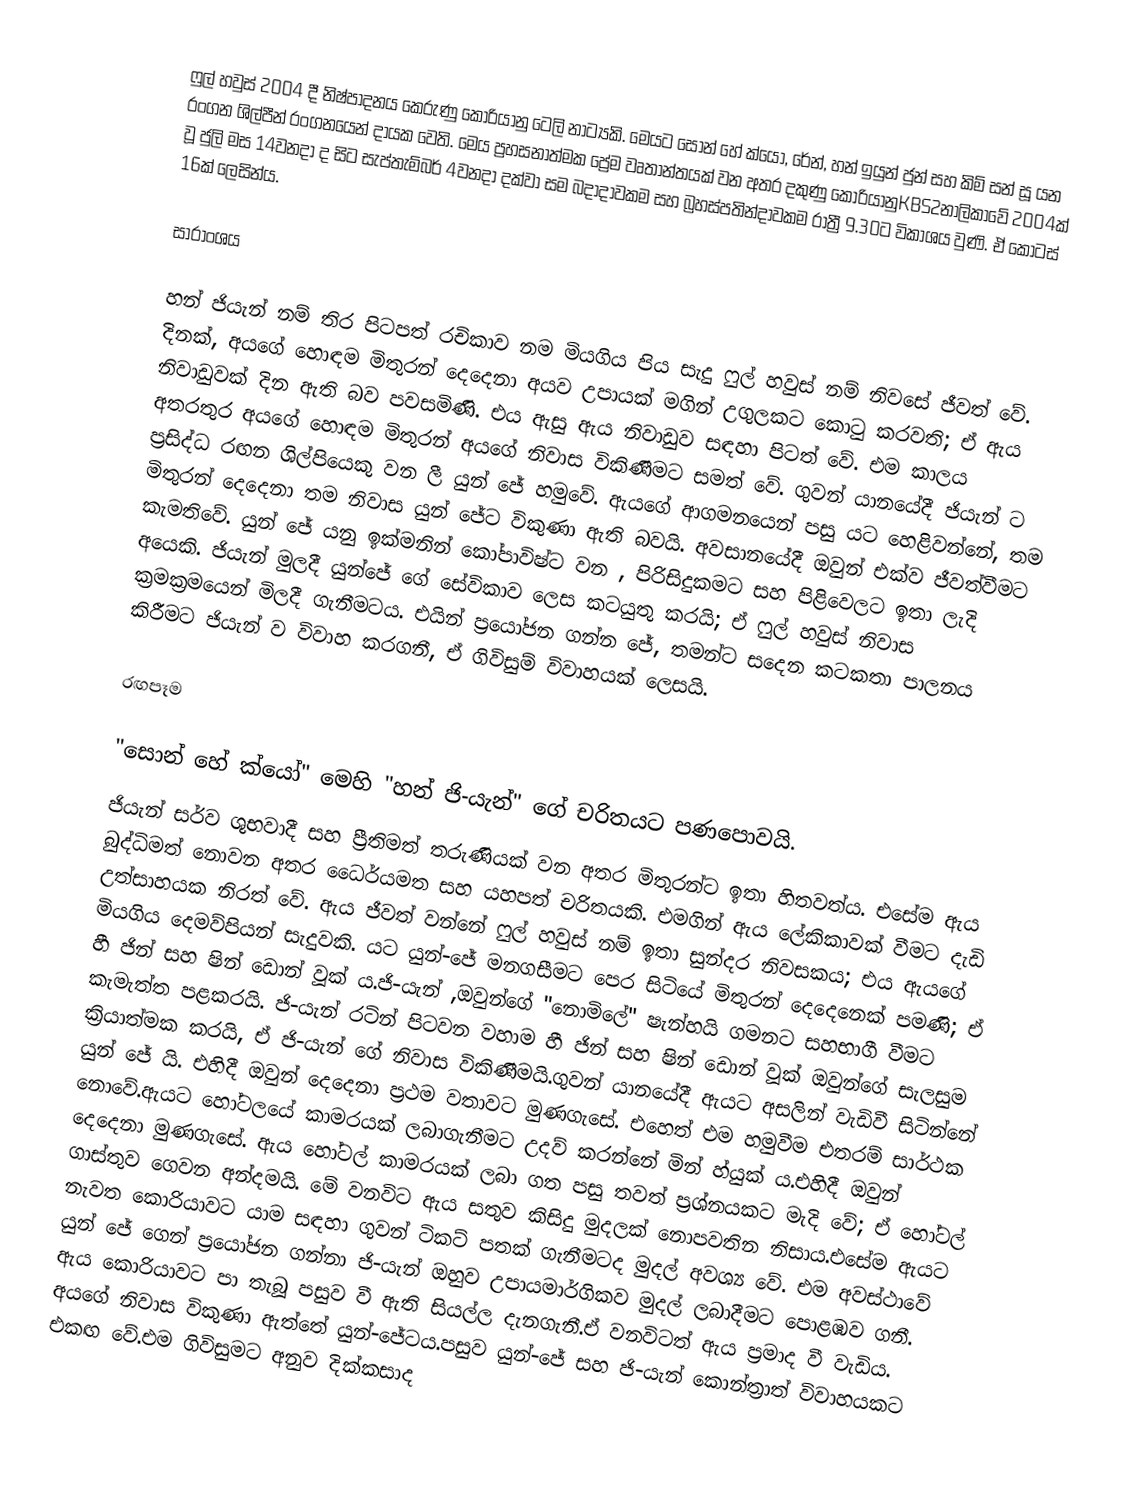
ෆුල් හවුස් 2004 දී නිෂ්පාදනය කෙරුණු කොරියානු ටෙලි නාට්‍යකි. මෙයට සොන් හේ ක්යෝ, රේන්, හන් ඉයුන් ජුන් සහ කිම් සන් සූ යන රංගන  ශිල්පීන් රංගනයෙන් දායක වෙති. මෙය ප්‍රහසනාත්මක ප්‍රේම වෘතාන්තයක් වන අතර දකුණු කොරියානුKBS2නාලිකාවේ 2004ක් වූ ජුලි මස 14වනදා  ද සිට සැප්තැම්බර් 4වනදා දක්වා සම බදාදාවකම සහ බ්‍රහස්පතින්දාවකම රාත්‍රී 9.30ට විකාශය වුණි. ඒ කොටස් 16ක් ලෙසින්ය.

සාරාංශය

හන් ජියැන් නම් තිර පිටපත් රචිකාව නම මියගිය පිය සැදු ෆුල් හවුස් නම් නිවසේ ජීවත් වේ. දිනක්, අයගේ හොඳම මිතුරන් දෙදෙනා අයව උපායක් මගින් උගුලකට කොටු කරවති; ඒ ඇය නිවාඩුවක් දින ඇති බව පවසමිණි. එය ඇසු ඇය නිවාඩුව සඳහා පිටත් වේ. එම කාලය අතරතුර අයගේ හොඳම මිතුරන් අයගේ නිවාස විකිණීමට සමත් වේ. ගුවන් යානයේදී ජියැන් ට ප්‍රසිද්ධ රඟන ශිල්පියෙකු වන ලී යුන් ජේ හමුවේ. ඇයගේ ආගමනයෙන් පසු යට හෙළිවන්නේ, තම මිතුරන් දෙදෙනා තම නිවාස යුන් ජේට විකුණා ඇති බවයි. අවසානයේදී ඔවුන් එක්ව ජීවත්වීමට කැමතිවේ. යුන් ජේ යනු ඉක්මනින් කෝපාවිෂ්ට වන , පිරිසිදුකමට සහ පිළිවෙලට ඉතා ලැදි අයෙකි. ජියැන් මුලදී යුන්ජේ ගේ සේවිකාව ලෙස කටයුතු කරයි; ඒ ෆුල් හවුස් නිවාස ක්‍රමක්‍රමයෙන් මිලදී ගැනීමටය. එයින් ප්‍රයෝජන ගන්න ජේ, තමන්ට සදෙන කටකතා පාලනය කිරීමට ජියැන් ව විවාහ කරගනී, ඒ ගිවිසුම් විවාහයක් ලෙසයි.

රඟපෑම

 "සොන් හේ ක්යෝ" මෙහි "හන් ජි-යැන්" ගේ චරිතයට පණපොවයි.
ජියැන් සර්ව ශුභවාදී සහ ප්‍රීතිමත් තරුණියක් වන අතර මිතුරන්ට ඉතා හිතවත්ය. එසේම ඇය බුද්ධිමත්  නොවන අතර ධෛර්යමත සහ යහපත් චරිතයකි. එමගින් ඇය ලේකිකාවක් වීමට දැඩි උත්සාහයක නිරත් වේ. ඇය ජීවත් වන්නේ ෆුල් හවුස් නම් ඉතා සුන්දර නිවසකය; එය ඇයගේ මියගිය දෙමව්පියන් සැදුවකි. යට යුන්-ජේ මනගසීමට පෙර සිටියේ මිතුරන් දෙදෙනෙක් පමණි; ඒ හී ජින් සහ ෂින් ඩොන් වූක් ය.ජි-යැන් ,ඔවුන්ගේ "නොමිලේ" ෂැන්හයි ගමනට සහභාගී වීමට කැමැත්ත පළකරයි. ජි-යැන් රටින් පිටවන වහාම හී ජින් සහ ෂින් ඩොන් වූක් ඔවුන්ගේ සැලසුම ක්‍රියාත්මක කරයි, ඒ ජි-යැන් ගේ නිවාස විකිණීමයි.ගුවන් යානයේදී ඇයට අසලින් වැඩිවී සිටින්නේ යුන් ජේ යි. එහිදී ඔවුන් දෙදෙනා ප්‍රථම වතාවට මුණගැසේ.  එහෙත් එම හමුවීම එතරම් සාර්ථක නොවේ.ඇයට හෝටලයේ කාමරයක් ලබාගැනීමට උදව් කරන්නේ මින් හ්යුක් ය.එහිදී ඔවුන් දෙදෙනා මුණගැසේ. ඇය හෝටල් කාමරයක් ලබා ගත පසු තවත් ප්‍රශ්නයකට මැදි වේ; ඒ හෝටල් ගාස්තුව ගෙවන අන්දමයි. මේ වනවිට ඇය සතුව කිසිදු මුදලක් නොපවතින නිසාය.එසේම ඇයට නැවත කොරියාවට යාම සඳහා ගුවන් ටිකට් පතක් ගැනීමටද මුදල් අවශ්‍ය වේ. එම අවස්ථාවේ යුන් ජේ ගෙන් ප්‍රයෝජන ගන්නා ජි-යැන් ඔහුව උපායමාර්ගිකව මුදල් ලබාදීමට පොළඹව ගනී. ඇය කොරියාවට පා තැබූ පසුව වී ඇති සියල්ල දැනගැනී.ඒ වනවිටත් ඇය ප්‍රමාද වී වැඩිය. අයගේ නිවාස විකුණා ඇත්තේ යුන්-ජේටය.පසුව යුන්-ජේ සහ ජි-යැන් කොන්ත්‍රාත් විවාහයකට එකඟ වේ.එම ගිවිසුමට අනුව දික්කසාද